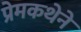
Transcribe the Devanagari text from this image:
प्रेमकथेने